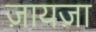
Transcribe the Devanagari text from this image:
ज़ायज़ा